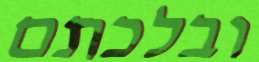
ובלכתם